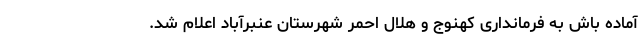
آماده باش به فرمانداری کهنوج و هلال احمر شهرستان عنبرآباد اعلام شد.